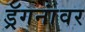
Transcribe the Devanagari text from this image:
ड्रॅगनांवर